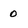
Character: 0